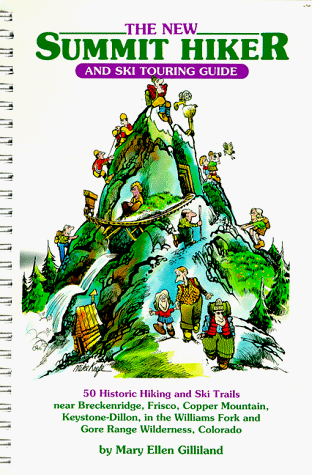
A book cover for The New Summit Hiker and Ski Touring Guide; Mary Ellen Gilliland; Travel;